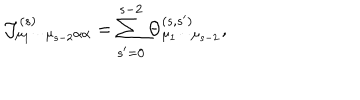
LaTeX: { \cal J } _ { \mu _ { 1 } \cdots \mu _ { s - 2 } \alpha \alpha } ^ { ( s ) } = \sum _ { s ^ { \prime } = 0 } ^ { s - 2 } \Theta _ { \mu _ { 1 } \cdots \mu _ { s - 2 } } ^ { ( s , s ^ { \prime } ) } ,